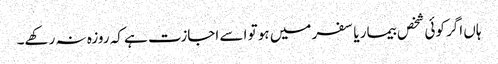
ہاں اگر کوئی شخص بیمار یا سفر میں ہو تو اسے اجازت ہے کہ روزہ نہ رکھے۔